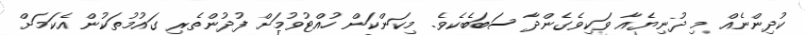
ކުދިންނެއް މި ދުނިޔެއާ ވަކިވެގެންދާ ސަބަބެކެވެ. މިކަންކަން ހުއްޓުވުމަށް ފުދުންތެރި ގައުމުތަކުން އެކަމަށް